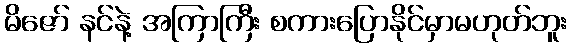
မိဇော် နင်နဲ့ အကြာကြီး စကားပြောနိုင်မှာမဟုတ်ဘူး